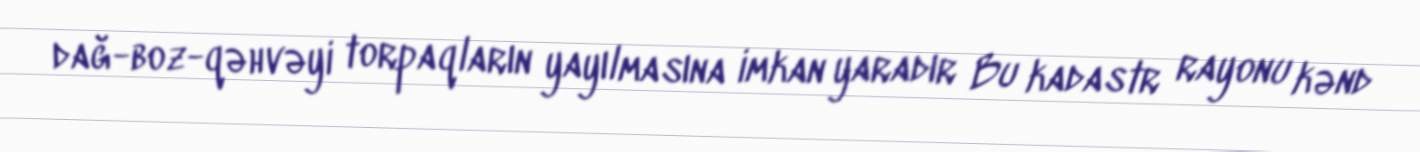
dağ-boz-qəhvəyi torpaqların yayılmasına imkan yaradır Bu kadastr rayonu kənd